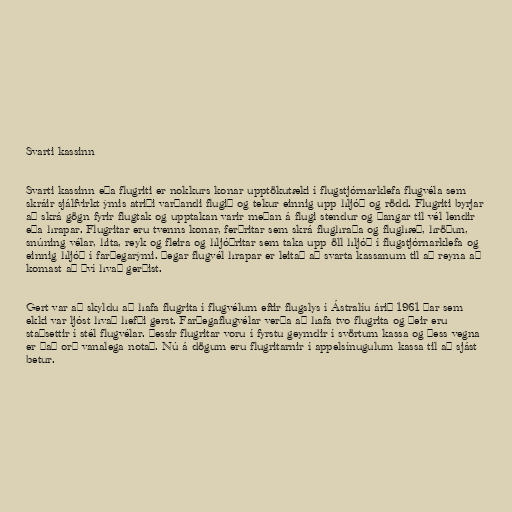
Svarti kassinn

Svarti kassinn eða flugriti er nokkurs konar upptökutæki í flugstjórnarklefa flugvéla sem
skráir sjálfvirkt ýmis atriði varðandi flugið og tekur einnig upp hljóð og rödd. Flugriti byrjar
að skrá gögn fyrir flugtak og upptakan varir meðan á flugi stendur og þangar til vél lendir
eða hrapar. Flugritar eru tvenns konar, ferðritar sem skrá flughraða og flughæð, hröðun,
snúning vélar, hita, reyk og fleira og hljóðritar sem taka upp öll hljóð í flugstjórnarklefa og
einnig hljóð í farþegarými. Þegar flugvél hrapar er leitað að svarta kassanum til að reyna að
komast að því hvað gerðist.

Gert var að skyldu að hafa flugrita í flugvélum eftir flugslys í Ástralíu árið 1961 þar sem
ekki var ljóst hvað hefði gerst. Farþegaflugvélar verða að hafa tvo flugrita og þeir eru
staðsettir í stél flugvélar. Þessir flugritar voru í fyrstu geymdir í svörtum kassa og þess vegna
er það orð vanalega notað. Nú á dögum eru flugritarnir í appelsínugulum kassa til að sjást
betur.